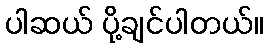
ပါဆယ် ပို့ချင်ပါတယ်။